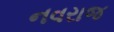
નવરાજ